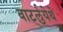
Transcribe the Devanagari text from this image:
वाटर्लुयेथे